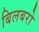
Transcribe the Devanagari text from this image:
बिलबरो